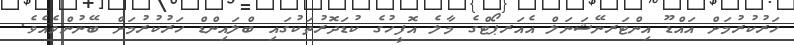
ހަރުކުރުމަށް އައްޑޫ އިންޓަރނޭޝަނަލް އެއަރޕޯޓްގެ މާލެ އޮފީހުގެ ކުޑަދޮރުތަކުގައި ބްލައިންޑް ހަރުކުރުމަށް ބޭނުންވެއެވެ.